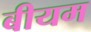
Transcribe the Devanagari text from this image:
बीयम